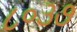
૮૦૩૭